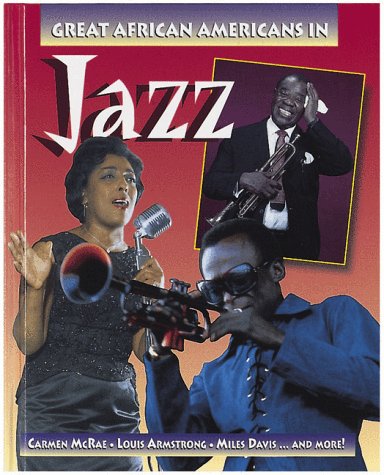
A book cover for Great African-Americans in Jazz (Outstanding African Americans); Carlotta Hacker; Teen & Young Adult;